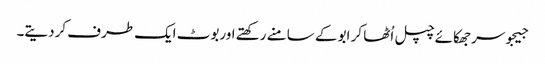
جیجوسر جھکائے چپل اُٹھا کر ابو کے سامنے رکھتے اوربوٹ ایک طرف کردیتے۔